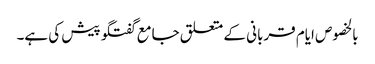
بالخصوص ایام قربانی کے متعلق جامع گفتگو پیش کی ہے۔